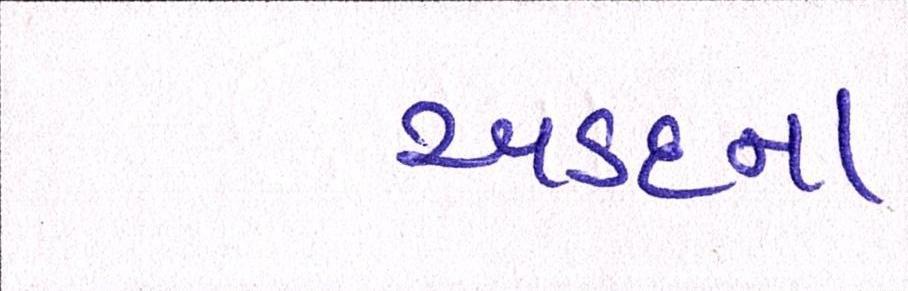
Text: અડદના